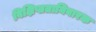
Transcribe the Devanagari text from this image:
विक्षिप्ततानिवारक